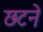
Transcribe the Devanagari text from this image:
छटने